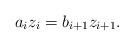
LaTeX: \begin{align*}a_iz_i = b_{i+1} z_{i+1}.\end{align*}